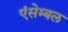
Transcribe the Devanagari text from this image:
एंसेम्बल